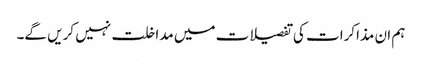
ہم ان مذاکرات کی تفصیلات میں مداخلت نہیں کریں گے۔